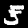
Label: 5